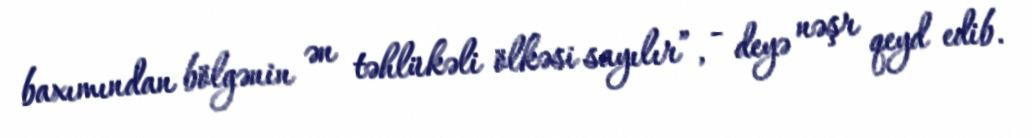
baxımından bölgənin ən təhlükəli ölkəsi sayılır”, - deyə nəşr qeyd edib.